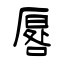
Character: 厬